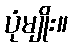
ပုံမျိုး။